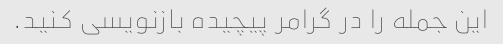
این جمله را در گرامر پیچیده بازنویسی کنید.